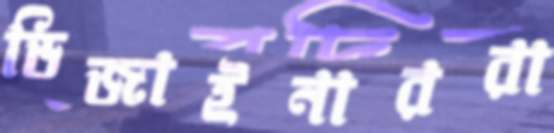
ডিজাইনাররা